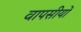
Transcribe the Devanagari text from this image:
वापसीयों